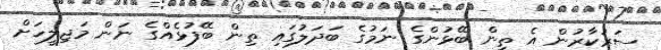
ސަރުކާރުން އެ ތިން ބޭޅުންގެ ނަމުގެ ބަދަލުގައި ތިން ބޭފުޅެއްގެ ނަން މަޖިލީހަށް